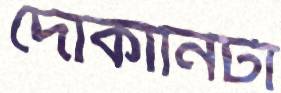
দোকানিটা